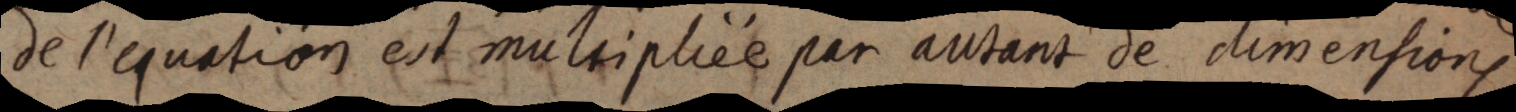
de l’equation est multipliée par autant de dimensions